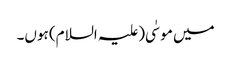
میں موسٰی(علیہ السلام) ہوں۔